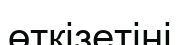
өткізетіні